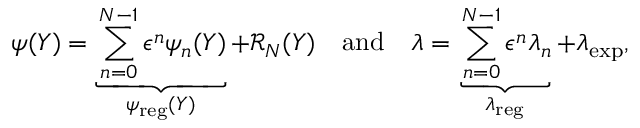
\psi ( Y ) = \underbrace { \sum _ { n = 0 } ^ { N - 1 } \epsilon ^ { n } \psi _ { n } ( Y ) } _ { \psi _ { \mathrm { r e g } } ( Y ) } + \mathcal { R } _ { N } ( Y ) \quad \mathrm { a n d } \quad \lambda = \underbrace { \sum _ { n = 0 } ^ { N - 1 } \epsilon ^ { n } \lambda _ { n } } _ { \lambda _ { \mathrm { r e g } } } + \lambda _ { \mathrm { e x p } } ,